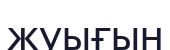
жуығын